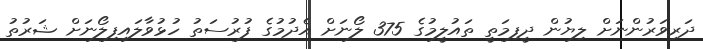
ދަރިވަރުންނަށް ލިޔުން ދީފިމަތީ ތައުލީމުގެ 375 ލޯނަށް އެދުމުގެ ފުރުސަތު ހުޅުވާލައިފިލޯނަށް ޝަރުތު